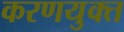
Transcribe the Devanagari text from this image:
करणयुक्त